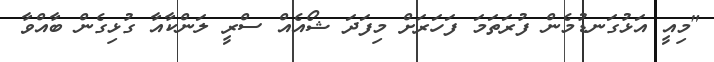
"މިއީ އަޅުގަނޑުމެން ފުރަތަމަ ފަހަރަށް މިފަދަ ޝޯއެއް ސްރީ ލަންކާއާ ގުޅިގެން ބާއްވާ